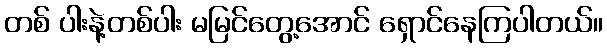
တစ် ပါးနဲ့တစ်ပါး မမြင်တွေ့အောင် ရှောင်နေကြပါတယ်။